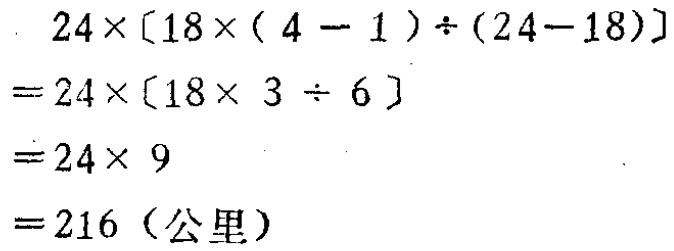
\[

\begin{align*}

&24\times[18\times(4 - 1)\div(24 - 18)]\\

=&24\times[18\times 3\div 6]\\

=&24\times 9\\

=&216 (\text{公里})

\end{align*}

\]